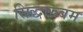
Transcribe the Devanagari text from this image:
सिद्धारुबम